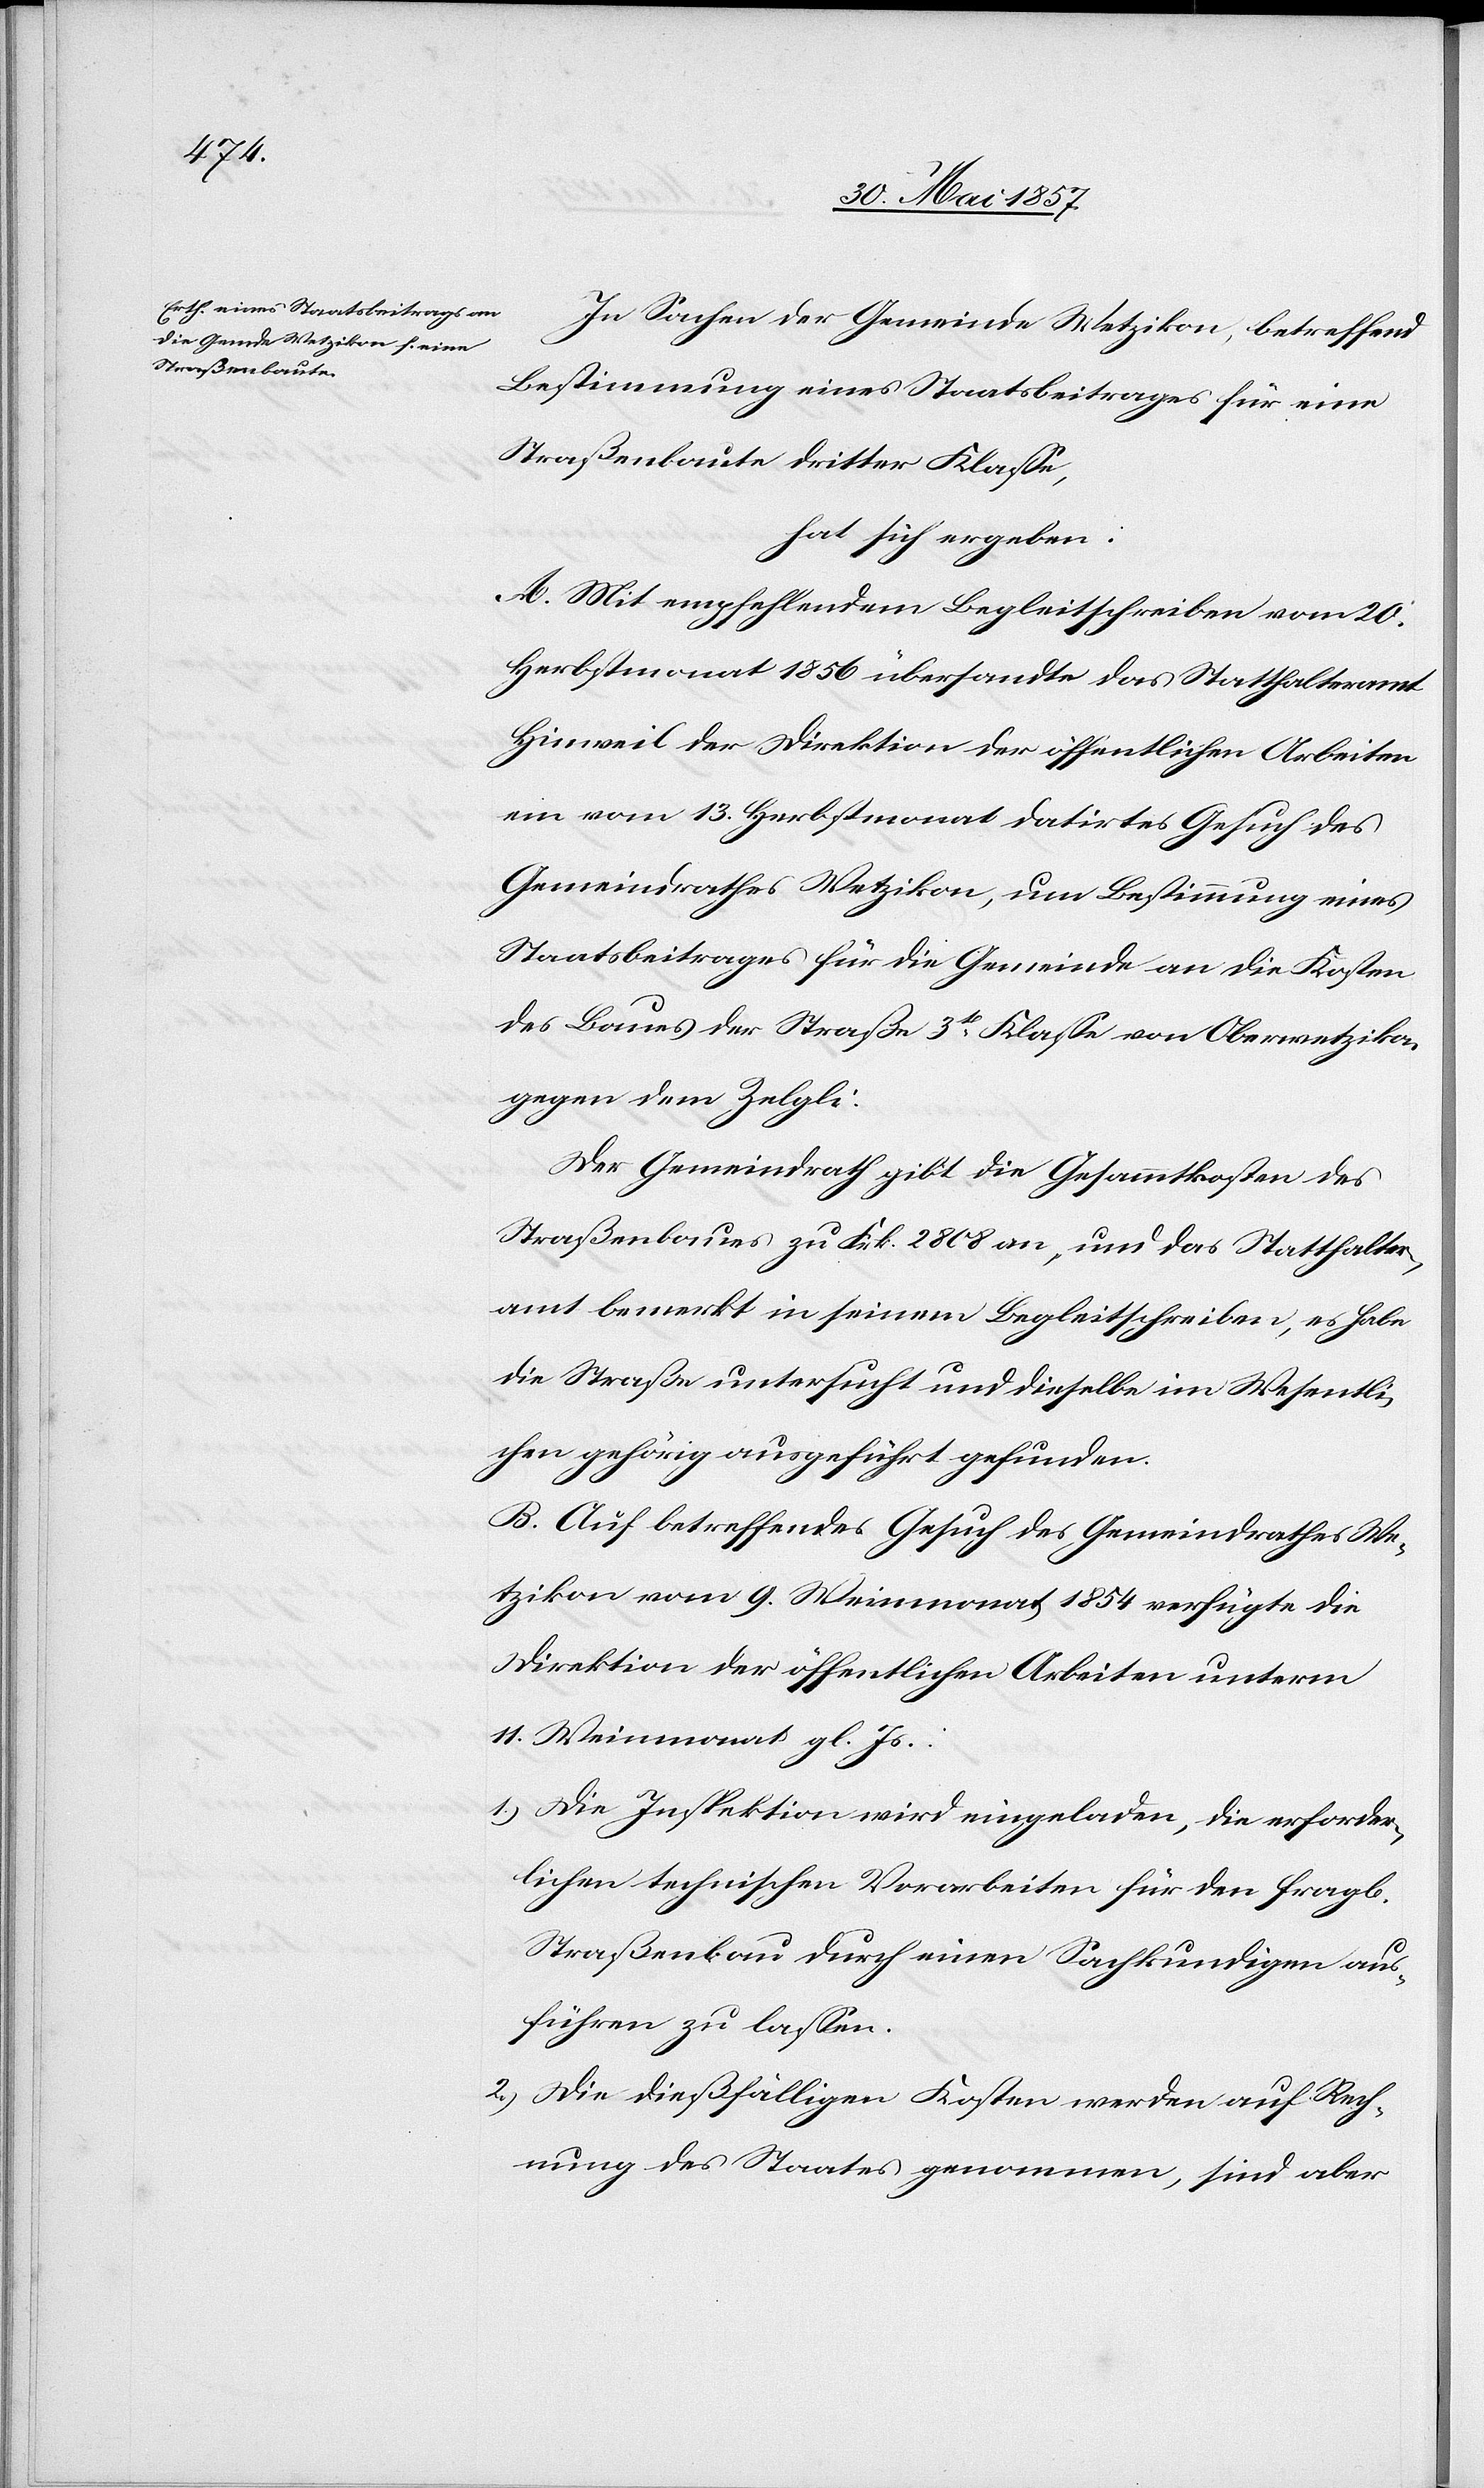
In Sachen der Gemeinde Wetzikon, betreffend
Bestimmung eines Staatsbeitrages für eine
Straßenbaute dritter Klasse,
hat sich ergeben:
A. Mit empfehlendem Begleitschreiben vom 20
Herbstmonat 1856 übersandte das Statthalteramt
Hinweil der Direktion der öffentlichen Arbeiten
ein vom 13 Herbstmonat datirtes Gesuch des
Gemeindrathes Wetzikon, und Bestimmung eines
Staatsbeitrages für die Gemeinde an die Kosten
des Baues der Straße 3tr Klasse von Oberwetzikon
gegen den Zelgli.
Der Gemeindrath gibt die Gesammtkosten des
Straßenbaues zu Frk. 2808 an, und das Statthalter¬
amt bemerkt in seinem Begleitschreiben, es habe
die Straße untersucht und dieselbe im Wesentli¬
chen gehörig angeführt gefunden.
B. Auf betreffendes Gesuch des Gemeindrathes We¬
tzikon vom 9 Weinmonat 1854 verfügte die
Direktion der öffentlichen Arbeiten unterm
14 Weinmonat gl. Js.:
1.) Die Inspektion wird eingeladen, die erforder¬
lichen technischen Vorarbeiten für den fragl.
Straßenbau durch einen Sachkundigen aus¬
führen zu lassen.
2.) Die dießfälligen Kosten werden auf Rech¬
nung des Staates genommen, sind aber